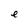
Character: e